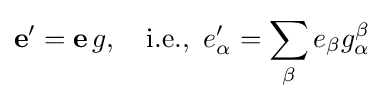
{\mathbf {e} }'={\mathbf {e} }\,g,\quad {\text{i.e., }}\,e'_{\alpha }=\sum _{\beta }e_{\beta }g_{\alpha }^{\beta }